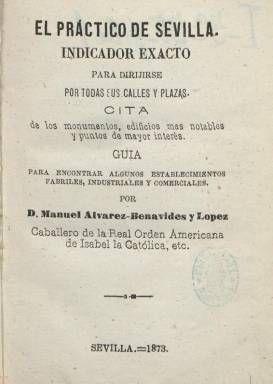
Título: El Práctico de Sevilla
Colección: Guías y directorios
Ámbito geográfico: Sevilla
Lugar de publicación: Sevilla
Fechas: 01/01/1873-31/12/1876

Se trata de una de las principales guías o directorio de la capital hispalense de mediados de la segunda mitad del siglo diecinueve, que con carácter anual, fue compilado por Manuel Álvarez-Benavides y López con el subtítulo “indicador exacto para dirigirse por sus calles y plazas, cita de los monumentos, edificios más notables y puntos de mayor interés”. La colección de la Biblioteca Nacional de España la integran las ediciones de 1873, 1874 y 1876 (faltando la de 1875), estampadas en la Imprenta de Gironés y Orduña, entre las doscientas y casi trescientas páginas, aunque se conoce la existencia también de la de 1878, impresa en la de Salvador Acuña y Cía.

Comienza con un breve estudio topográfico de la ciudad hispalense, para a continuación, por orden alfabético dar cuenta de casi siete centenares de vías públicas y hasta dos puertas, indicando los nombres y sus modificaciones de las calles y plazas, con expresión de los edificios principales, establecimientos comerciales, fabriles e industriales, casas, jardines u otros elementos arquitectónicos o morfológicos singulares, acompañados también con sus correspondiente descripciones históricas. Después ofrece también un prontuario alfabético de instituciones o entidades, y al final un indicador comercial y de profesiones. En el de 1874 añade noticias de coleccionistas de antigüedades y un almanaque profético.

No contiene grabados y Álvarez-Benavides publicó en esa misma época otras monografías del mismo carácter, acompañadas de un mapa de la ciudad sevillana, quejándose además del cambio continúo que modificaba el nombre de sus calles, siendo premiadas sus obras en la Exposición Bético-Extremeña de 1874 y obteniendo mención honorífica de la Real Sociedad de Amigos del País.